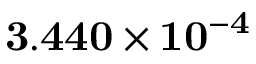
\mathbf { 3 . 4 4 0 \times 1 0 ^ { - 4 } }